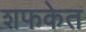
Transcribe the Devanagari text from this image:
शफकेत